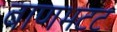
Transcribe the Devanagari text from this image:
बाणभटट